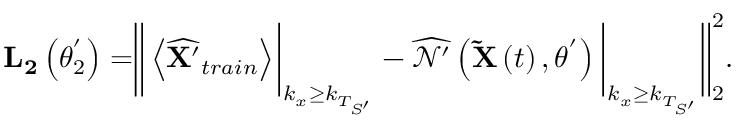
\begin{array} { r } { \mathbf { L _ { 2 } } \left( \theta _ { 2 } ^ { ' } \right) = \biggr \| \left< \widehat { \mathbf { X ^ { \prime } } } _ { t r a i n } \right> \biggr \rvert _ { k _ { x } \geq k _ { T _ { S ^ { \prime } } } } - \widehat { \mathcal { N ^ { \prime } } } \left( \mathbf { \widetilde { X } } \left( t \right) , \theta ^ { ' } \right) \bigg \rvert _ { k _ { x } \geq k _ { T _ { S ^ { \prime } } } } \biggr \| _ { 2 } ^ { 2 } . } \end{array}